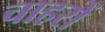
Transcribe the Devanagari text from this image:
चाहरों